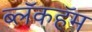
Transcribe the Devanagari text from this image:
ब्लॅकहॅम